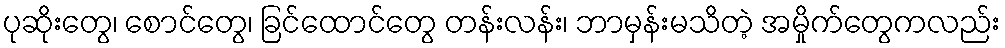
ပုဆိုးတွေ၊ စောင်တွေ၊ ခြင်ထောင်တွေ တန်းလန်း၊ ဘာမှန်းမသိတဲ့ အမှိုက်တွေကလည်း